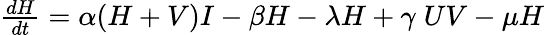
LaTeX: \begin{array}{r}{\frac{dH}{dt}=\alpha(H+V)I-\beta H-\lambda H+{\gamma}\; UV-\mu H}\end{array}